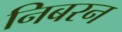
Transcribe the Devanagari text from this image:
निबरन